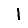
Digit: 1